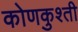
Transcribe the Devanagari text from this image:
कोणकुश्ती